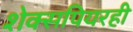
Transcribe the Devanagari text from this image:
शेक्सपियरही